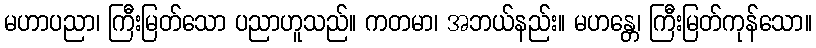
မဟာပညာ၊ ကြီးမြတ်သော ပညာဟူသည်။ ကတမာ၊ အဘယ်နည်း။ မဟန္တေ၊ ကြီးမြတ်ကုန်သော။